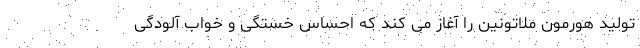
تولید هورمون ملاتونین را آغاز می کند که احساس خستگی و خواب آلودگی